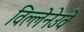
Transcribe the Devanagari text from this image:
विल्लेनेउवे